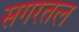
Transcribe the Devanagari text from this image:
सगरतल